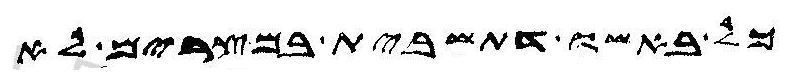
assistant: כל באשו דתשבית במצרים לא